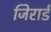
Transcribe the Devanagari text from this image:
जिरार्ड